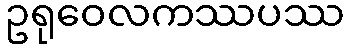
ဥရုဝေလကဿပဿ